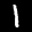
Label: 1